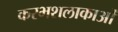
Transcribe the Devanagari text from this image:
करभशलाकाओं